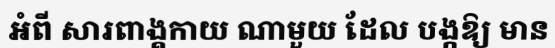
អំពី សារពាង្គកាយ ណាមួយ ដែល បង្កឱ្យ មាន